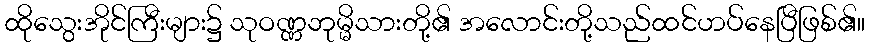
ထိုသွေးအိုင်ကြီးများ၌ သုဝဏ္ဏဘုမ္မိသားတို့၏ အလောင်းတို့သည်ထင်ဟပ်နေပြီဖြစ်၏။